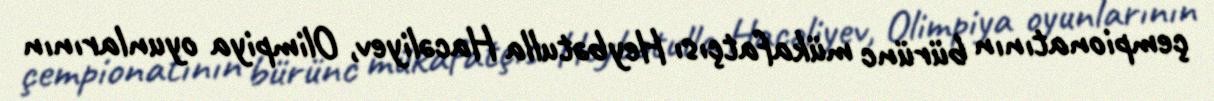
çempionatının bürünc mükafatçısı Heybətulla Hacəliyev, Olimpiya oyunlarının